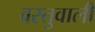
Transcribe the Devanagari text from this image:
वस्तुवाली